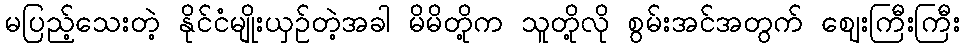
မပြည့်သေးတဲ့ နိုင်ငံမျိုးယှဉ်တဲ့အခါ မိမိတို့က သူတို့လို စွမ်းအင်အတွက် ဈေးကြီးကြီး